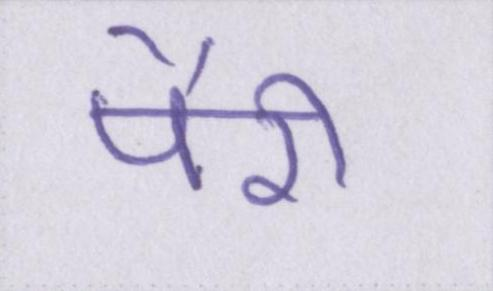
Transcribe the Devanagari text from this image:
पैरी